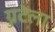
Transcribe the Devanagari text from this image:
ग्नुटेला